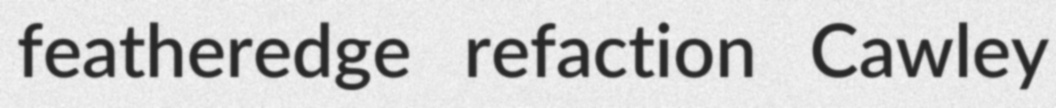
featheredge refaction Cawley